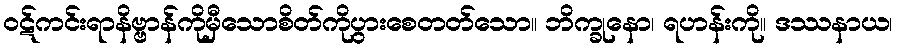
ဝဋ်ကင်းရာနိဗ္ဗာန်ကိုမှီသောစိတ်ကိုပွားစေတတ်သော။ ဘိက္ခုနော၊ ရဟန်းကို။ ဒဿနာယ၊